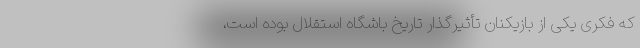
که فکری یکی از بازیکنان تأثیرگذار تاریخ باشگاه استقلال بوده است،